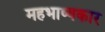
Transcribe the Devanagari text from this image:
महभाष्यकार